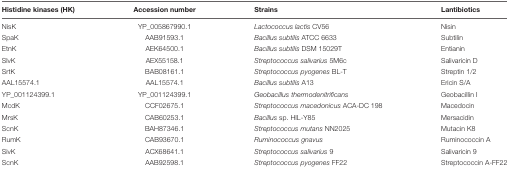
<table><thead><tr><td><b>Histidine kinases (HK)</b></td><td><b>Accession number</b></td><td><b>Strains</b></td><td><b>Lantibiotics</b></td></tr></thead><tbody><tr><td>NisK</td><td>YP_005867990.1</td><td><i>Lactococcus lactis</i> CV56</td><td>Nisin</td></tr><tr><td>SpaK</td><td>AAB91593.1</td><td><i>Bacillus subtilis</i> ATCC 6633</td><td>Subtilin</td></tr><tr><td>EtnK</td><td>AEK64500.1</td><td><i>Bacillus subtilis</i> DSM 15029T</td><td>Entianin</td></tr><tr><td>SlvK</td><td>AEX55158.1</td><td><i>Streptococcus salivarius</i> 5M6c</td><td>Salivaricin D</td></tr><tr><td>SrtK</td><td>BAB08161.1</td><td><i>Streptococcus pyogenes</i> BL-T</td><td>Streptin 1/2</td></tr><tr><td>AAL15574.1</td><td>AAL15574.1</td><td><i>Bacillus subtilis</i> A13</td><td>Ericin S/A</td></tr><tr><td>YP_001124399.1</td><td>YP_001124399.1</td><td><i>Geobacillus thermodenitrificans</i></td><td>Geobacillin I</td></tr><tr><td>McdK</td><td>CCF02675.1</td><td><i>Streptococcus macedonicus</i> ACA-DC 198</td><td>Macedocin</td></tr><tr><td>MrsK</td><td>CAB60253.1</td><td><i>Bacillus</i> sp. HIL-Y85</td><td>Mersacidin</td></tr><tr><td>ScnK</td><td>BAH87346.1</td><td><i>Streptococcus mutans</i> NN2025</td><td>Mutacin K8</td></tr><tr><td>RumK</td><td>CAB93670.1</td><td><i>Ruminococcus gnavus</i></td><td>Ruminococcin A</td></tr><tr><td>SivK</td><td>ACX68641.1</td><td><i>Streptococcus salivarius</i> 9</td><td>Salivaricin 9</td></tr><tr><td>ScnK</td><td>AAB92598.1</td><td><i>Streptococcus pyogenes</i> FF22</td><td>Streptococcin A-FF22</td></tr></tbody></table>